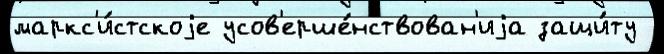
маркс'и́стскоjе усов'ерше́нствован'иjа защи́ту